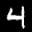
Digit: 4